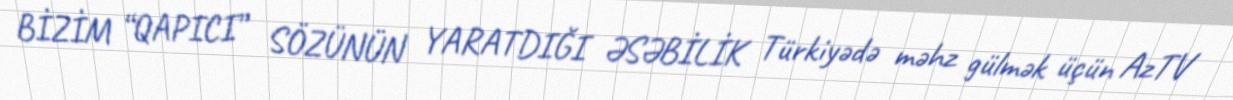
BİZİM “QAPICI” SÖZÜNÜN YARATDIĞI ƏSƏBİLİK Türkiyədə məhz gülmək üçün AzTV